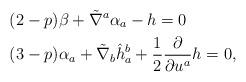
LaTeX: \begin{align*}& (2-p)\beta + \tilde{\nabla}^a \alpha_a - h = 0 \\ & (3-p) \alpha_a + \tilde{\nabla }_b \hat{h}^b_a + \frac{1} {2} \frac{\partial}{\partial u^a} h= 0,\end{align*}